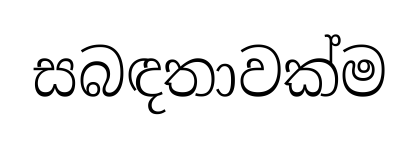
සබඳතාවක්ම